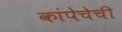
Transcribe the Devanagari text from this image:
कांपेचेची